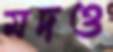
মদও